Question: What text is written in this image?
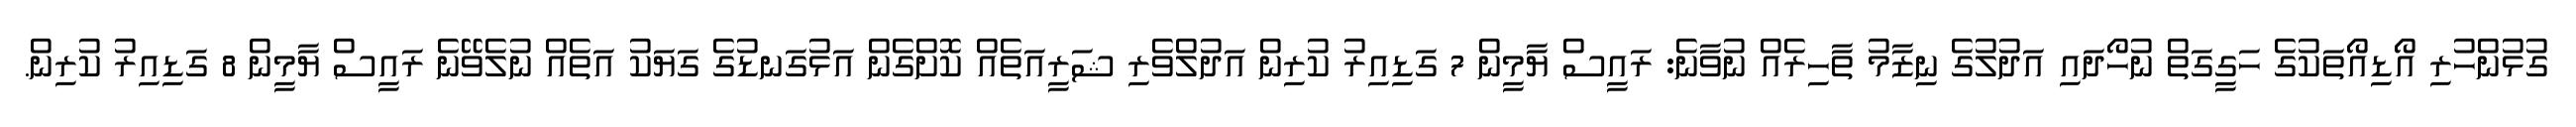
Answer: ގުޅުންހުރި އޯޑިއޯތަކުގެ ހަގީގަތް ނުހޯދައި އަދުލުގެ ނިޒާމު ތާހިރެއް ނުވާނެ: ރައީސް ޔާމީން 7 ގަޑިއިރު ކުރިން އަދުލްވެރި ޝަރީއަތެއް ކޮށްގެން އަޅުގަނޑުގެ ގަޔަކު އަތެއް ނުލެވޭނެ ރައީސް ޔާމީން 8 ގަޑިއިރު ކުރިން.